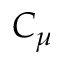
C _ { \mu }